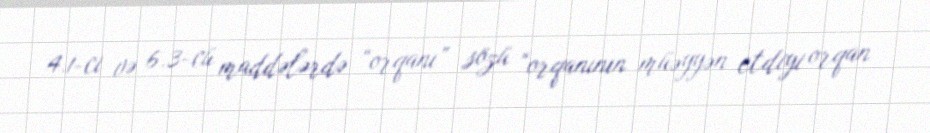
4.1-ci və 6.3-cü maddələrdə “orqanı” sözü “orqanının müəyyən etdiyi orqan